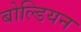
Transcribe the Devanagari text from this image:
बोल्डियन